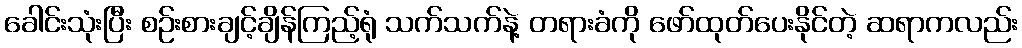
ခေါင်းသုံးပြီး စဉ်းစားချင့်ချိန်ကြည့်ရုံ သက်သက်နဲ့ တရားခံကို ဖော်ထုတ်ပေးနိုင်တဲ့ ဆရာကလည်း